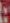
: